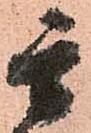
玄